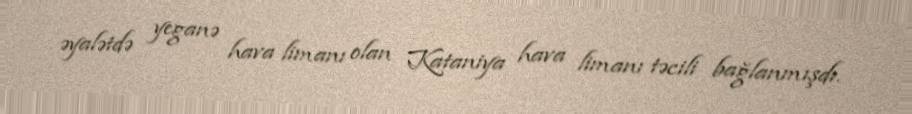
əyalətdə yeganə hava limanı olan Kataniya hava limanı təcili bağlanmışdı.